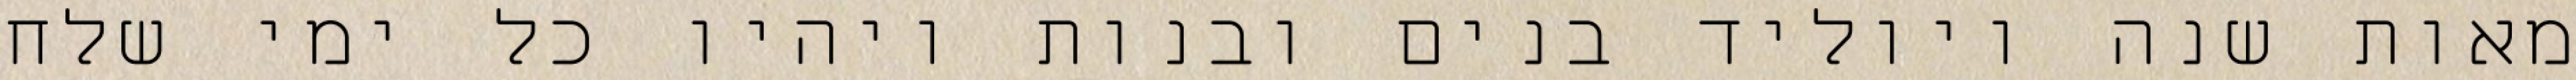
מאות שנה ויוליד בנים ובנות ויהיו כל ימי שלח